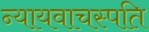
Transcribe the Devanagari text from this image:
न्यायवाचस्पति